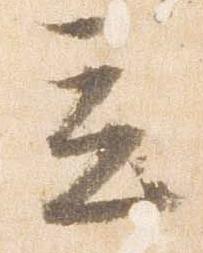
立